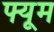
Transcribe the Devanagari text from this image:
फ्यूम